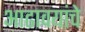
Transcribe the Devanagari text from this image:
आढावयांचे